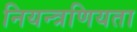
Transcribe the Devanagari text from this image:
नियन्त्रणियता